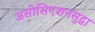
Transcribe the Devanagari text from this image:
असोसिएशनसुद्धा